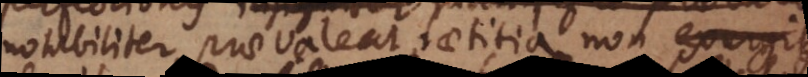
notabiliter praevaleat laetitia non exurgit